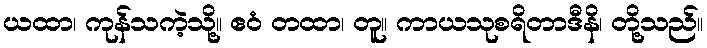
ယထာ၊ ကုန်သကဲ့သို့။ ဧဝံ တထာ၊ တူ။ ကာယသုစရိတာဒီနိ၊ တို့သည်။